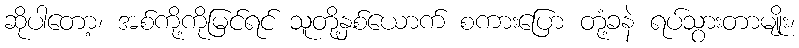
ဆိုပါတော့၊ အစ်ကို့ကိုမြင်ရင် သူတို့နှစ်ယောက် စကားပြော တုံ့ခနဲ ရပ်သွားတာမျိုး၊